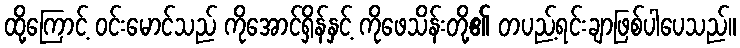
ထို့ကြောင့် ဝင်းမောင်သည် ကိုအောင်ရှိန်နှင့် ကိုဖေသိန်းတို့၏ တပည့်ရင်းချာဖြစ်ပါပေသည်။